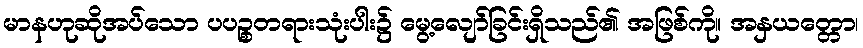
မာနဟုဆိုအပ်သော ပပဉ္စတရားသုံးပါး၌ မွေ့လျော်ခြင်းရှိသည်၏ အဖြစ်ကို။ အနှယတ္တော၊